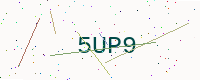
Text: 5UP9